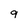
Character: 9